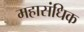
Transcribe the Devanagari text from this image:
महासंधिक